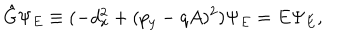
LaTeX: { \hat { G } } \Psi _ { E } \equiv ( - d _ { x } ^ { 2 } + ( p _ { y } - q A ) ^ { 2 } ) \Psi _ { E } = E \Psi _ { E } ,